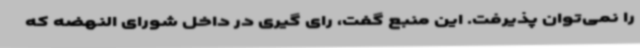
را نمی‌توان پذیرفت. این منبع گفت، رای گیری در داخل شورای النهضه که